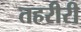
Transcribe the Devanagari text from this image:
तहरीरी